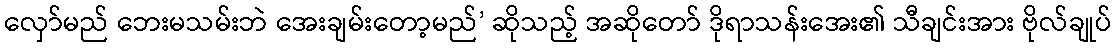
လှော်မည် ဘေးမသမ်းဘဲ အေးချမ်းတော့မည်’ ဆိုသည့် အဆိုတော် ဒိုရာသန်းအေး၏ သီချင်းအား ဗိုလ်ချုပ်